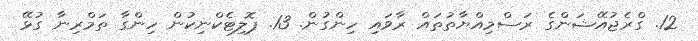
12. ގްރެޖުއޭޝަންގެ ރަސްމިއްޔާތުތައް ރާވައި ހިންގުން. 13. ޕޮލިޓެކްނިކުން ހިންގާ ތަމްރިނާ ގުޅޭ